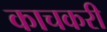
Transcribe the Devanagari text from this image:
काचकरी